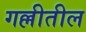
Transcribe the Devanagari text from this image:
गल्लीतील